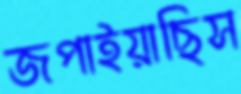
জপাইয়াছিস